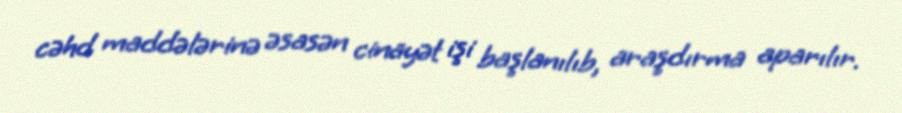
cəhd maddələrinə əsasən cinayət işi başlanılıb, araşdırma aparılır.